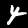
Label: 4